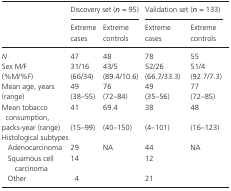
| <ROWSPAN=2>  | <COLSPAN=2> Discovery set (n = 95) | <COLSPAN=2> Validation set (n = 133) |
 | Extreme cases | Extreme controls | Extreme cases | Extreme controls |
 | --- | --- | --- | --- | --- |
 | N | 47 | 48 | 78 | 55 |
 | Sex M/F | 31/16 | 43/5 | 52/26 | 51/4 |
 | (%M/%F) | (66/34) | (89.4/10.6) | (66.7/33.3) | (92.7/7.3) |
 | Mean age, years | 49 | 76 | 49 | 77 |
 | (range) | (38–55) | (72–84) | (35–56) | (72–85) |
 | Mean tobacco consumption, | 41 | 69.4 | 38 | 48 |
 | packs‐year (range) | (15–99) | (40–150) | (4–101) | (16–123) |
 | <COLSPAN=5> Histological subtypes |
 | Adenocarcinoma | 29 | <ROWSPAN=3> NA | 44 | <ROWSPAN=3> NA |
 | Squamous cell carcinoma | 14 | 12 |
 | Other | 4 | 21 |